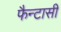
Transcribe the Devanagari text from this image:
फैन्टासी